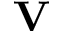
\mathbf { V }